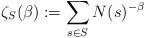
LaTeX: \begin{align*}\zeta_S(\beta):=\sum_{s\in S}N(s)^{-\beta}\end{align*}